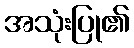
အသုံးပြု၏